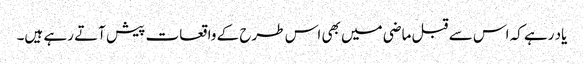
یاد رہے کہ اس سے قبل ماضی میں بھی اس طرح کے واقعات پیش آتے رہے ہیں۔